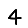
Digit: 4